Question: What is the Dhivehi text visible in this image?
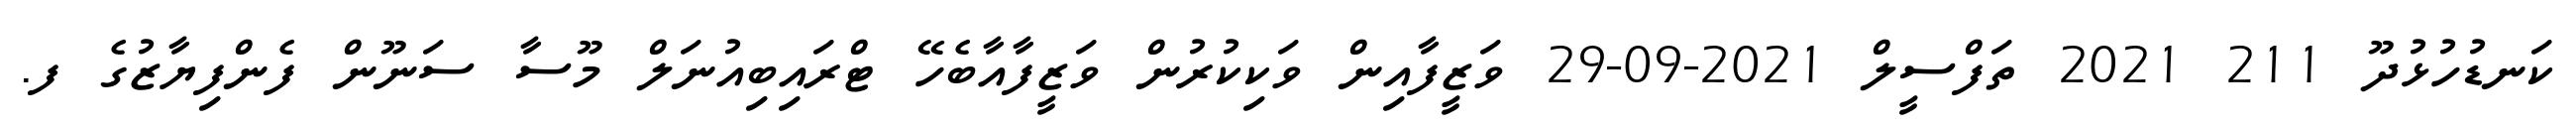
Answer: ކަނޑުހުޅުދޫ 211 2021 ތަފްސީލް 2021-09-29 ވަޒީފާއިން ވަކިކުރުން ވަޒީފާއާބެހޭ ޓްރައިބިއުނަލް މޫސާ ސަނޫން ފެންފިޔާޒުގެ ފ.